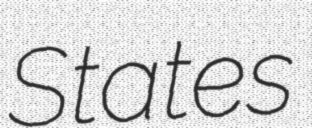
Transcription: States